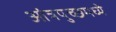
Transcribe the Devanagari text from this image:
आंत्रपुच्छमध्ये